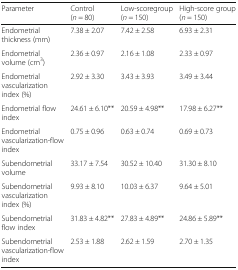
| Parameter | Control (n = 80) | Low-scoregroup (n = 150) | High-score group (n = 150) |
 | --- | --- | --- | --- |
 | Endometrial thickness (mm) | 7.38 ± 2.07 | 7.42 ± 2.58 | 6.93 ± 2.31 |
 | Endometrial volume (cm3) | 2.36 ± 0.97 | 2.16 ± 1.08 | 2.33 ± 0.97 |
 | Endometrial vascularization index (%) | 2.92 ± 3.30 | 3.43 ± 3.93 | 3.49 ± 3.44 |
 | Endometrial flow index | 24.61 ± 6.10** | 20.59 ± 4.98** | 17.98 ± 6.27** |
 | Endometrial vascularization-flow index | 0.75 ± 0.96 | 0.63 ± 0.74 | 0.69 ± 0.73 |
 | Subendometrial volume | 33.17 ± 7.54 | 30.52 ± 10.40 | 31.30 ± 8.10 |
 | Subendometrial vascularization index (%) | 9.93 ± 8.10 | 10.03 ± 6.37 | 9.64 ± 5.01 |
 | Subendometrial flow index | 31.83 ± 4.82** | 27.83 ± 4.89** | 24.86 ± 5.89** |
 | Subendometrial vascularization-flow index | 2.53 ± 1.88 | 2.62 ± 1.59 | 2.70 ± 1.35 |